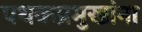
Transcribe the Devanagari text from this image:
पथकप्रमुखांना